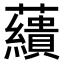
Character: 𧄑